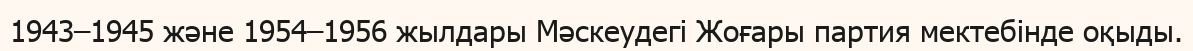
1943–1945 және 1954–1956 жылдары Мәскеудегі Жоғары партия мектебінде оқыды.